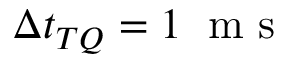
\Delta t _ { T Q } = 1 \; \mathrm { ~ m ~ s ~ }